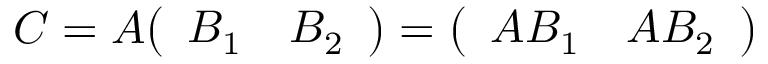
C = A { \left( \begin{array} { l l } { B _ { 1 } } & { B _ { 2 } } \end{array} \right) } = { \left( \begin{array} { l l } { A B _ { 1 } } & { A B _ { 2 } } \end{array} \right) }